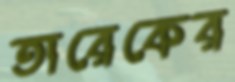
তারেকের